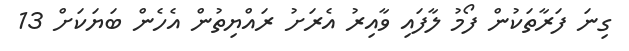
ގިނަ ފަރާތަކުން ފޯމު ލާފައި ވާއިރު އެރަށު ރައްޔިތުން އެހެން ބަޔަކަށް 13